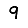
Digit: 9